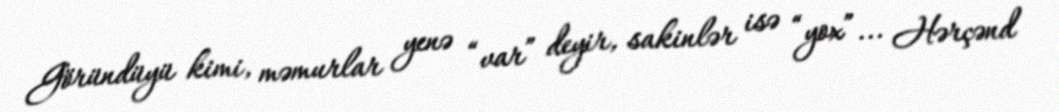
Göründüyü kimi, məmurlar yenə “var” deyir, sakinlər isə “yox”... Hərçənd